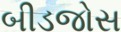
બીડજોસ